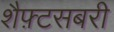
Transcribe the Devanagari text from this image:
शैफ़्टसबरी